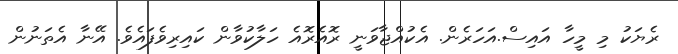
ރެޔަކު މި މީހާ އައިސް.އަހަރެން. އެކުއްޖާވަނީ ރޮއެރޮއެ ހަލާކުވާން ކައިރިވެފައެވެ. އޭނާ އެތަނުން